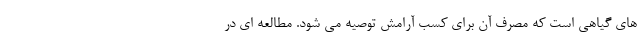
های گیاهی است که مصرف آن برای کسب آرامش توصیه می شود. مطالعه ای در